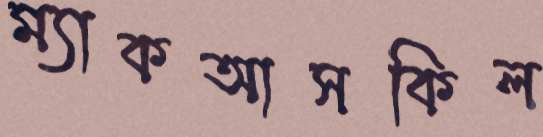
ম্যাকআসকিল